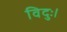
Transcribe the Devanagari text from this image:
विदुः।